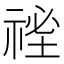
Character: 𥚐